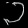
Digit: ၁